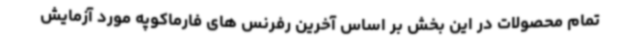
تمام محصولات در این بخش بر اساس آخرین رفرنس های فارماکوپه مورد آزمایش